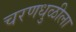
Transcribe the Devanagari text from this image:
चरणधुळीला